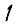
Digit: 1